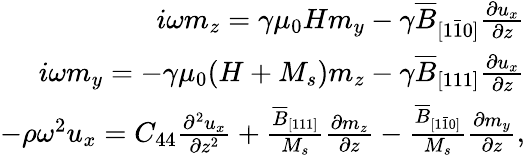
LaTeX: \begin{array}{r}{i\omega m_{z}=\gamma\mu_{0}Hm_{y}-\gamma\overline{{B}}_{[1\bar{1}0]}\frac{\partial u_{x}}{\partial z}}\\ {i\omega m_{y}=-\gamma\mu_{0}(H+M_{s})m_{z}-\gamma\overline{{B}}_{[111]}\frac{\partial u_{x}}{\partial z}}\\ {-\rho\omega^{2}u_{x}=C_{44}\frac{\partial^{2}u_{x}}{\partial z^{2}}+\frac{\overline{{B}}_{[111]}}{M_{s}}\frac{\partial m_{z}}{\partial z}-\frac{\overline{{B}}_{[1\bar{1}0]}}{M_{s}}\frac{\partial m_{y}}{\partial z},}\end{array}